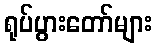
ရုပ်ပွားတော်များ